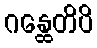
ဂန္ထေတိပိ